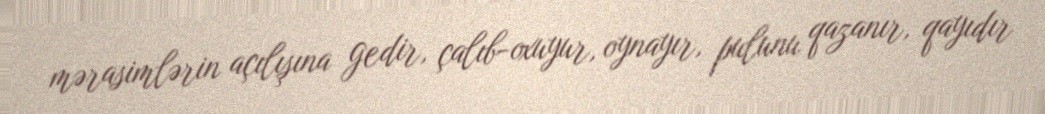
mərasimlərin açılışına gedir, çalıb-oxuyur, oynayır, pulunu qazanır, qayıdır